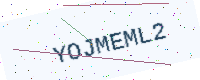
Text: YOJMEML2